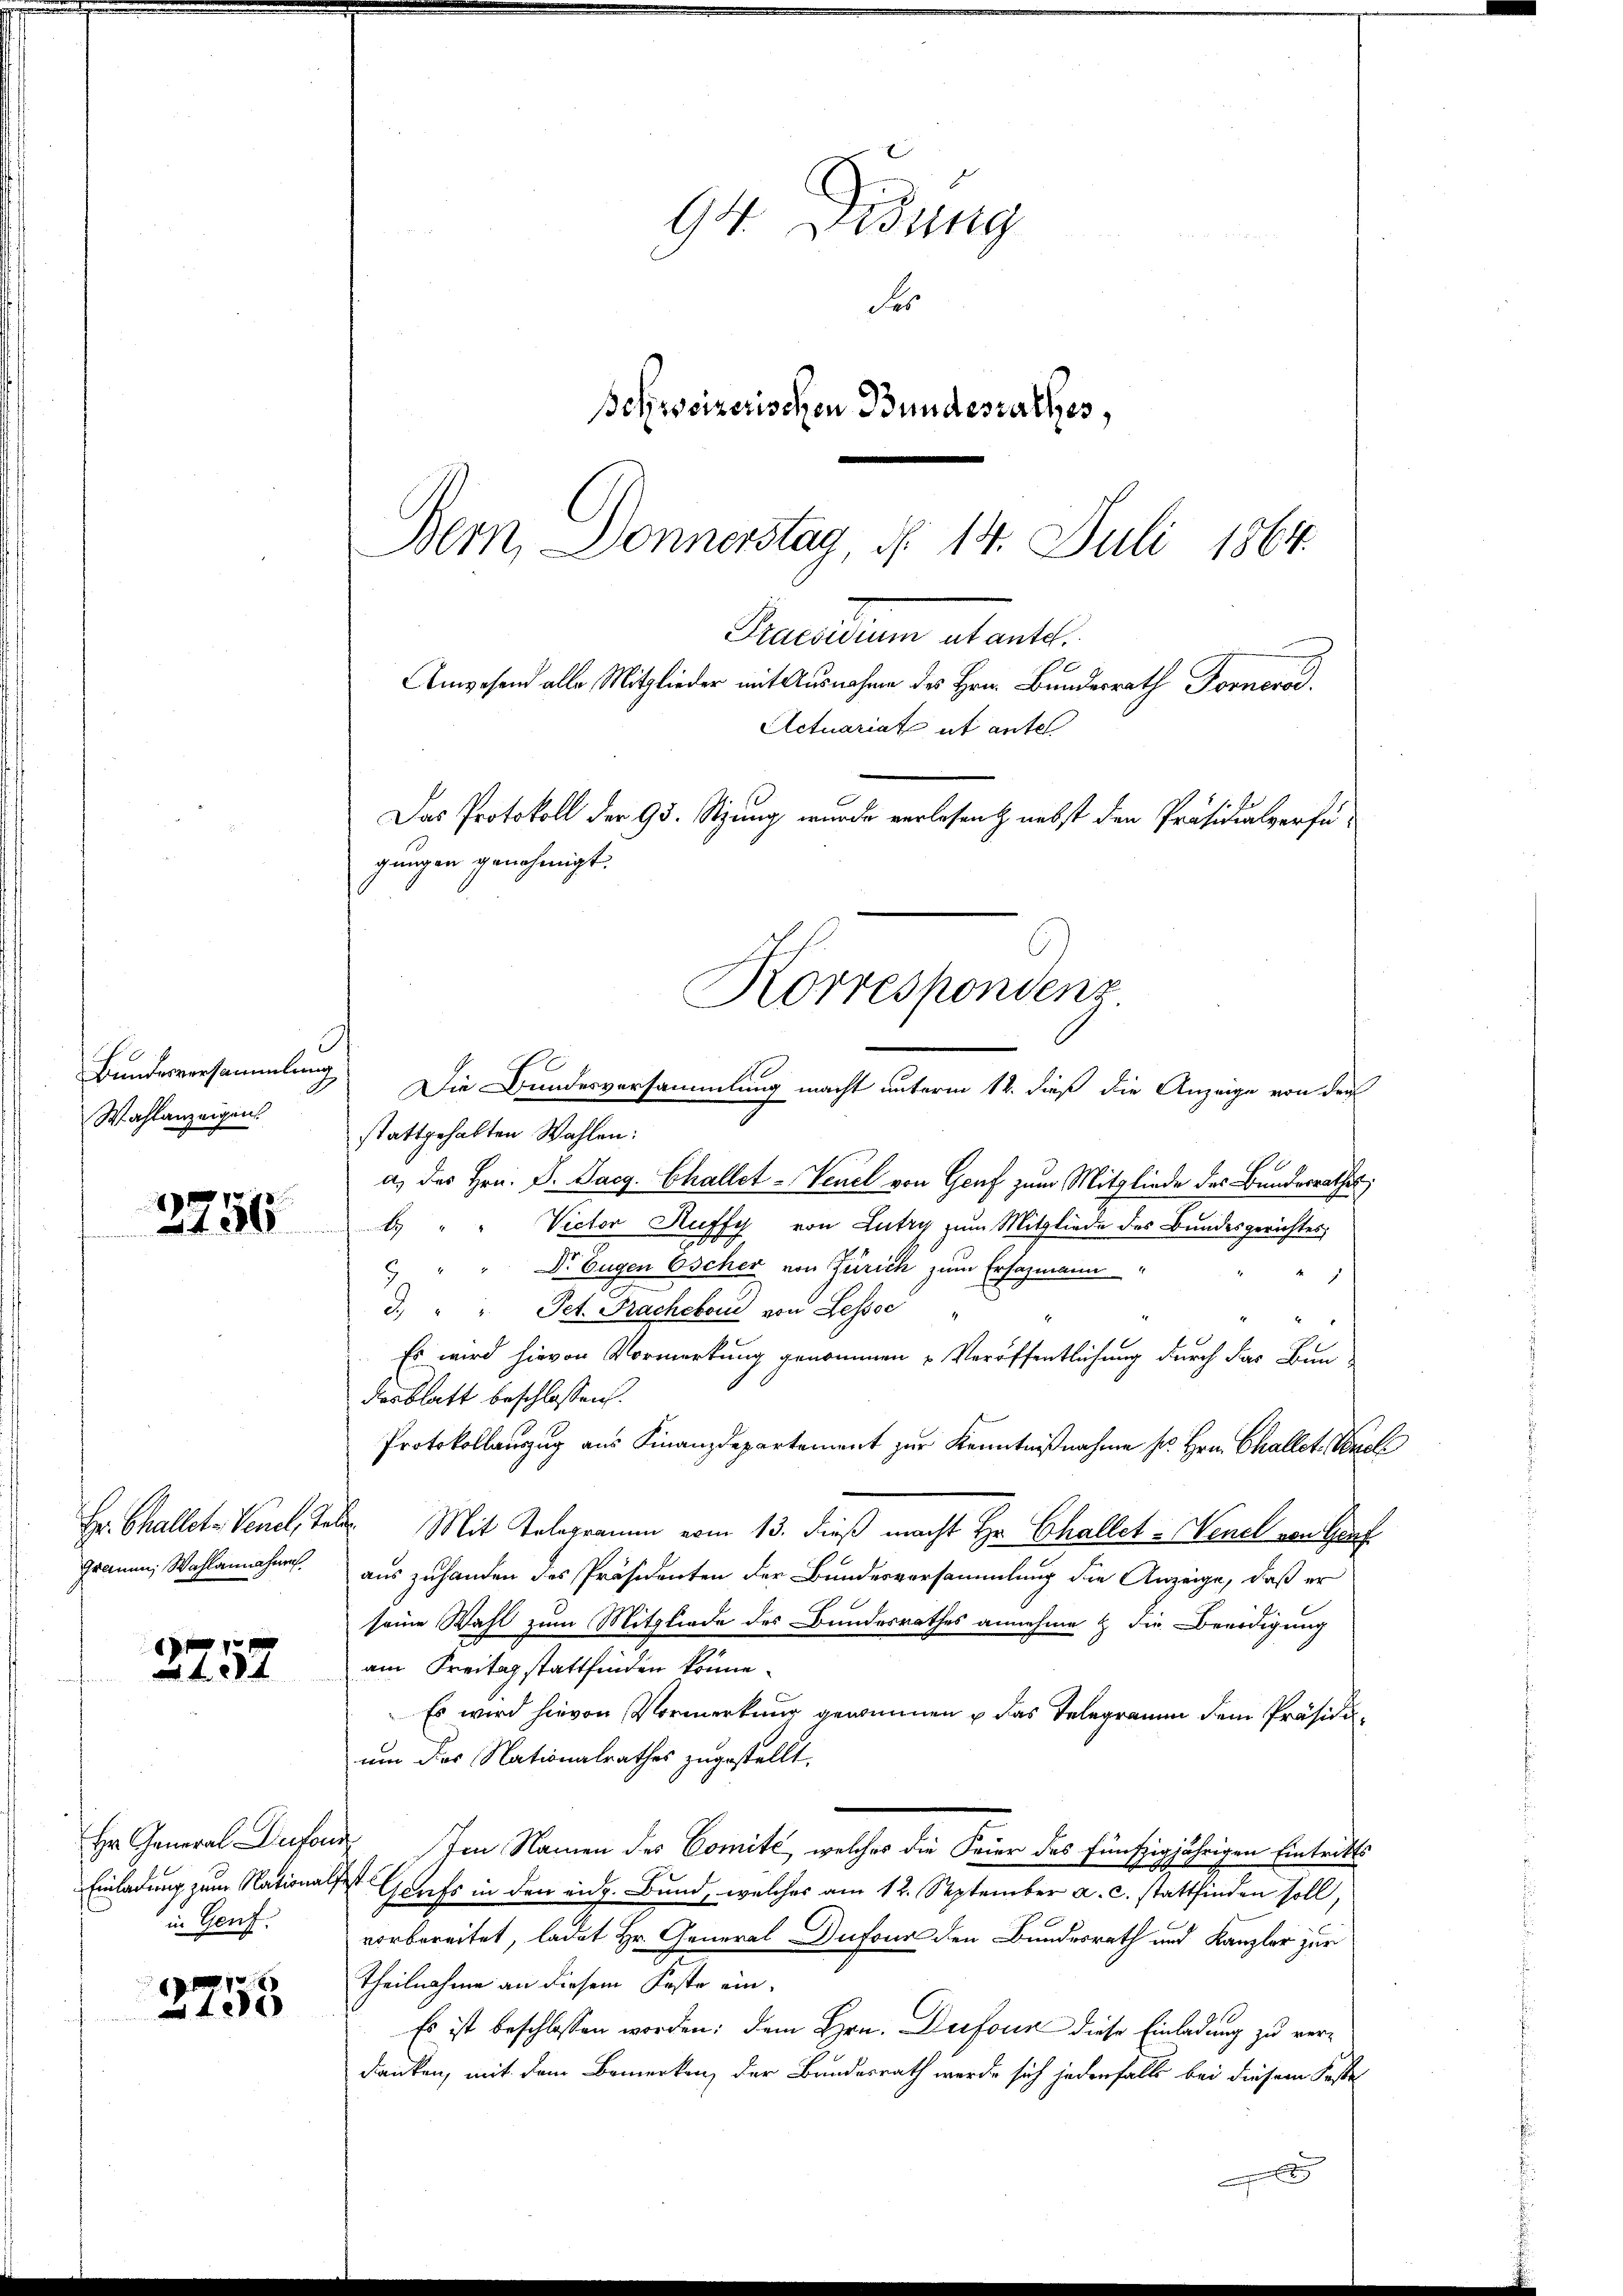
Bundesversammlung
Wahlanzeigen

3756

Hr. Challete Venel, Te
Grauen, Wahlannahme

8
152

Hr. General Diefer
Einladung zum National,
in Genf.

2758

94. Disung
Fe
Bohweizerischen Bundesrathes,
Bern, Donnerstag d. 14. Juli 1864.

Praesidium utante.
Anwesend alle Mitglieder mit Ausnahme des Hrn. Bundesrath Fornerod.
Actuariat it antel
Das Protokoll der 95. Stzung wurde verlesen & nebst den Präsidialverfügungen genehmigt.
Korrespondenz

Die Bundesversammlung macht unterm 12. dieß die Anzeige von der
stattgehalten Wahlen:
a) des Hrn. P. Pacg. Challet-Venel von Genf zum Mitgliede des Bundesrathes,
b. " " Victor Ruffy von Lutry zum Mitgliede des Bundesgerichtes
" " Dr. Eugen Oscher von Zürich zum Ersazmann
E
3.) " " Pet. Fracheband von Lessse"
Es wird hievon Vormerkung genommen u Veröffentlichung durch das Bun
desblatt beschlossen.
Protokollauszug aus Finanzdepartement zur Kenntnißnahme sr. Hrn. Challet. Vorel
b. Mit Telegramm vom 13. dieß macht Hr. Challet: Venel von Genf
aus zuhanden des Präsidenten der Bundesversammlung die Anzeige, daß er
seine Wahl zum Mitgliede des Bundesrathes annehme & Dr. Beeidigung
am Freitag stattfinden könne.
Es wird hievon Vormerkung genommen u das Telegramm dem Präsidium des Nationalrathes zugestellt.
u Im Namen des Comité, welches die Feier des fünfzigjährigen Eintritts
Wet Grufs in den eidg. Bund, welches am 12. September a. c. stattfinden soll,
vorbereitet, ladet Hr. General Dufour den Bundesrath und Kanzler zur
Theilnahme an diesem Koste ein¬
Es ist beschlossen worden; dem Hrn. Diefour diese Einladung zu verdanken, mit dem Bemerken, der Bundesrath werde sich jedenfalls bei diesem Festel